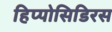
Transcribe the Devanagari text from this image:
हिप्पोसिडिरस